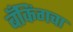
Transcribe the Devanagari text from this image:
बँकिंगचा